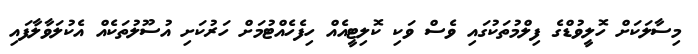
މިސާލަކަށް ހޮލީވުޑްގެ ފިލްމުތަކުގައި ވެސް ވަކި ކޮލިޓީއެއް ހިފެހެއްޓުމަށް ހަރުކަށި އުސޫލުތަކެއް އެކުލަވާލާފައި